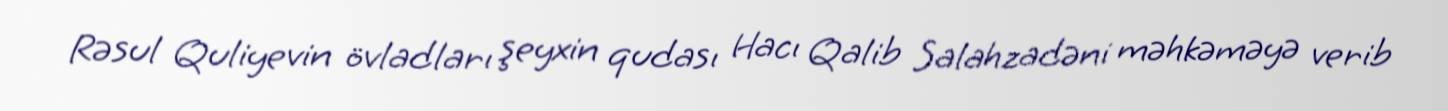
Rəsul Quliyevin övladları şeyxin qudası Hacı Qalib Salahzadəni məhkəməyə verib